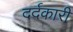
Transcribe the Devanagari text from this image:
दर्दकारी